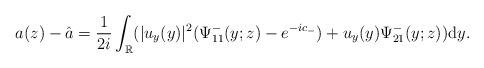
LaTeX: \begin{align*}a(z)-\hat{a}=\frac{1}{2i}\int_{\mathbb{R}}(|u_y(y)|^2(\Psi^-_{11}(y;z)-e^{-ic_-})+u_y(y) \Psi^-_{21}(y;z))\mathrm{d}y.\end{align*}